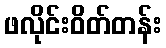
ဖလိုင်းဝိတ်တန်း